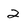
Character: 2